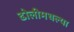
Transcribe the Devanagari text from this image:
ढोलीमधल्या